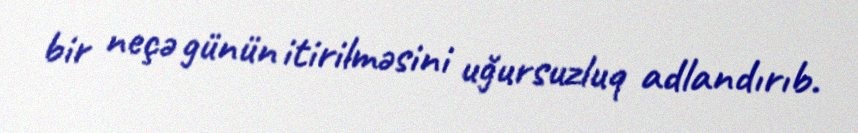
bir neçə günün itirilməsini uğursuzluq adlandırıb.